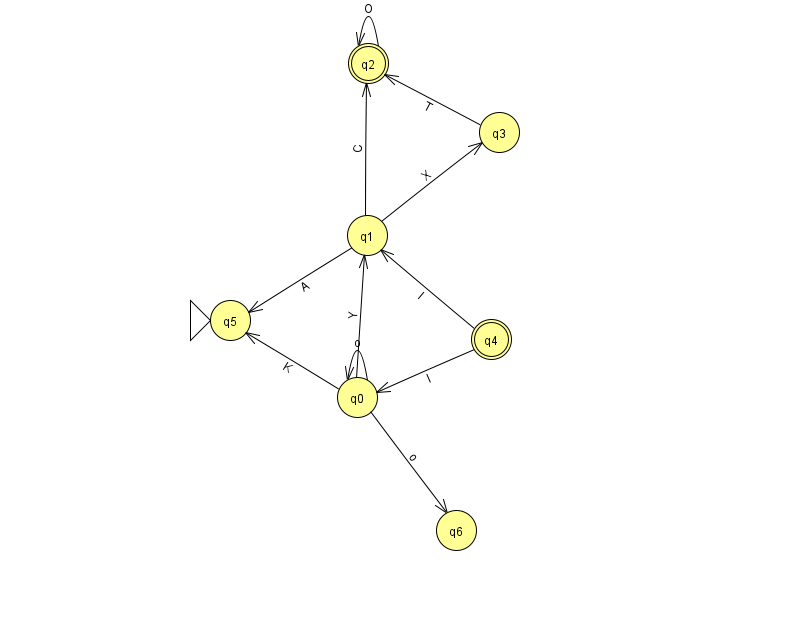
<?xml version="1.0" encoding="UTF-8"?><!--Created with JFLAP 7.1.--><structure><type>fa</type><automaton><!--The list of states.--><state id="0" name="q0"><x>357.0</x><y>384.0</y></state><state id="1" name="q1"><x>367.0</x><y>222.0</y></state><state id="2" name="q2"><x>368.0</x><y>50.0</y><final/></state><state id="3" name="q3"><x>499.0</x><y>119.0</y></state><state id="4" name="q4"><x>491.0</x><y>326.0</y><final/></state><state id="5" name="q5"><x>230.0</x><y>307.0</y><initial/></state><state id="6" name="q6"><x>456.0</x><y>517.0</y></state><!--The list of transitions.--><transition><from>1</from><to>2</to><read>C</read></transition><transition><from>3</from><to>2</to><read>T</read></transition><transition><from>0</from><to>6</to><read>o</read></transition><transition><from>0</from><to>5</to><read>K</read></transition><transition><from>4</from><to>1</to><read>l</read></transition><transition><from>1</from><to>5</to><read>A</read></transition><transition><from>4</from><to>0</to><read>I</read></transition><transition><from>1</from><to>3</to><read>X</read></transition><transition><from>0</from><to>1</to><read>Y</read></transition><transition><from>0</from><to>0</to><read>o</read></transition><transition><from>2</from><to>2</to><read>O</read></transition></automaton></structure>